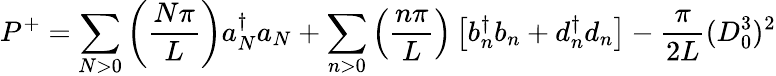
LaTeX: P^{+}=\sum_{N>0}\left({\frac{N\pi}{L}}\right)a{_N^{\dagger}}a_{N}+\sum_{n>0}\left({\frac{n\pi}{L}}\right)\left[b{_n^{\dagger}}b_{n}+d{_n^{\dagger}}d_{n}\right]-{\frac{\pi}{2L}}(D_{0}^{3})^{2}